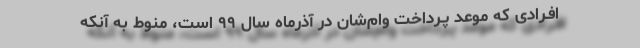
افـرادی که موعد پـرداخت وام‌شان در آذرماه سال ۹۹ است، منوط به آنکه